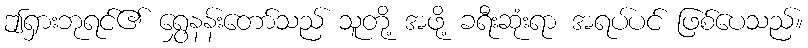
ဤရှားဘုရင်၏ ရွှေနန်းတော်သည် သူတို့ အဖို့ ခရီးဆုံးရာ အရပ်ပင် ဖြစ်ပေသည်။